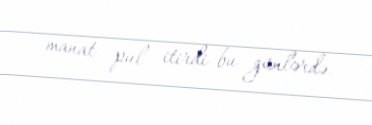
manat pul itirdi bu günlərdə.